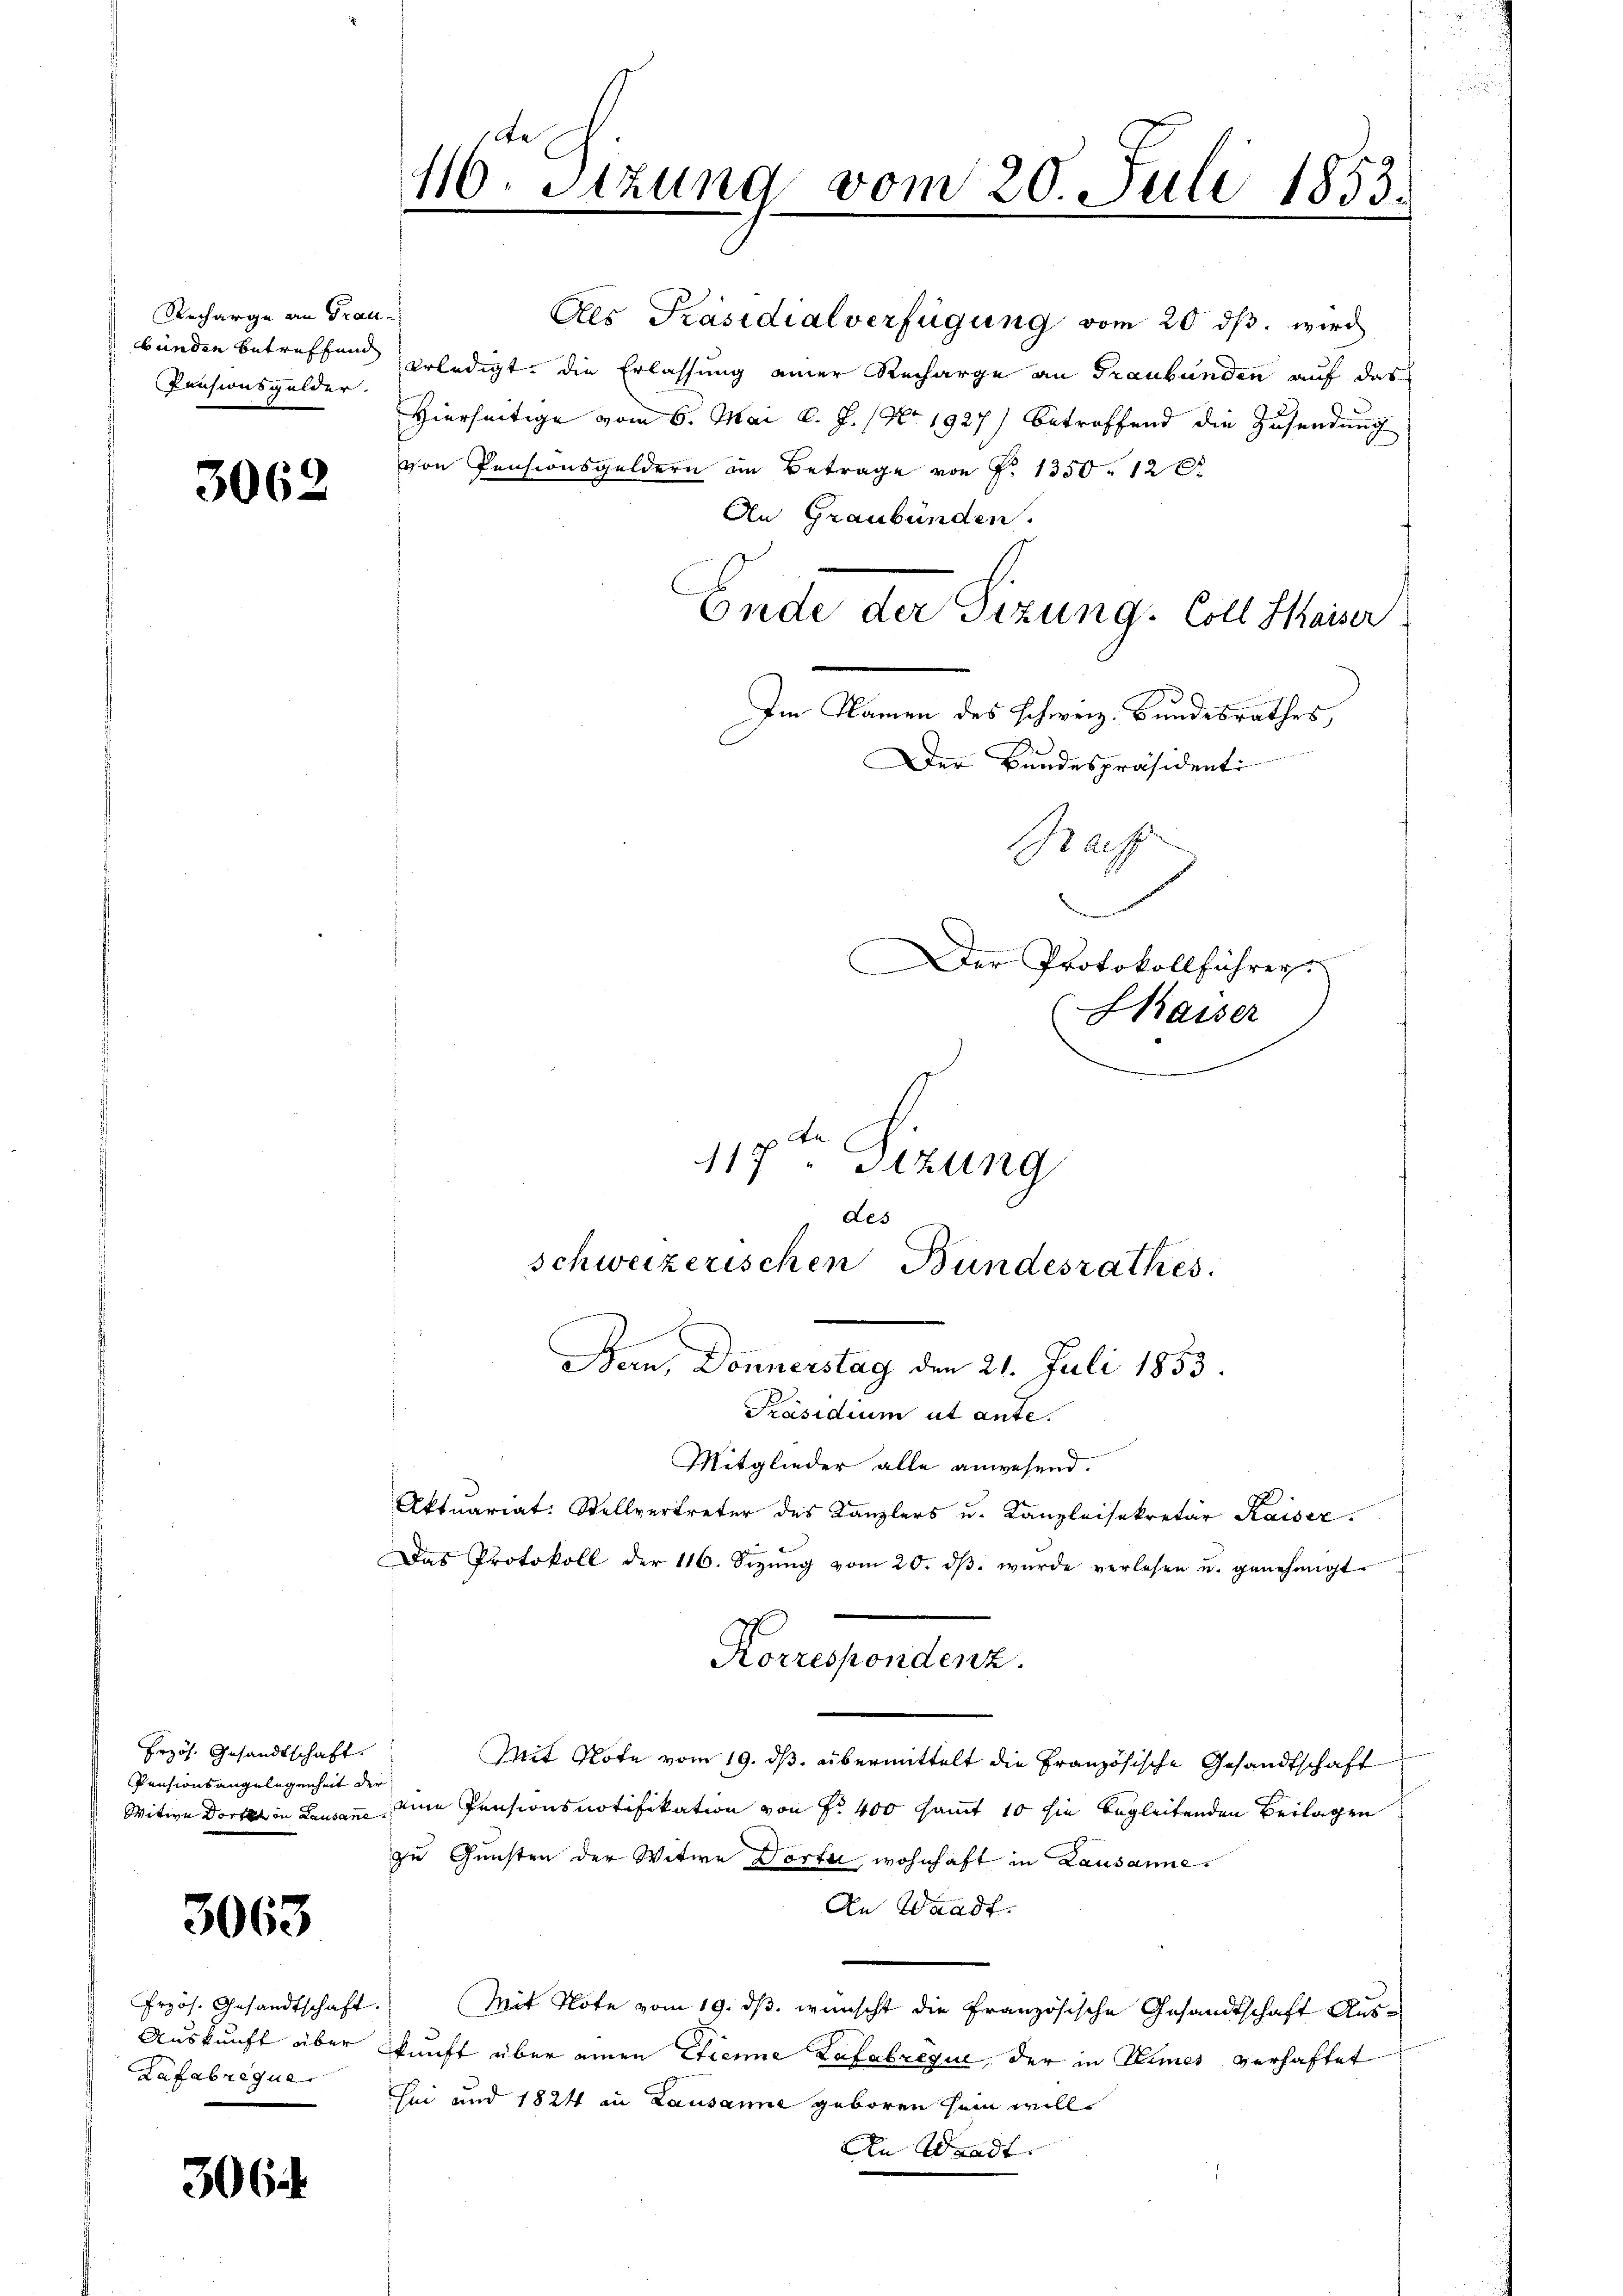
Recharge an Graubunden betreffend
Pensionsgelder.

3062

Erzös. Gesandtschaft.
Pensionsangelegenheit de
Witwe Dort in Lausanne

3063

Erzös. Gesandtschaft
Auskunft über
afabrique

306

Le
46 Sizung vom 20. Juli 1853.

Ces Präsidialverfügung vom 20. dβ. wird
erledigt, die Erlassung einer Recharge an Graubünden auf das
Hierseitige vom 6. Mai d. J. (No. 1927) betreffend die Zusendung
von Pensionsgeldern an Betrage von P. 1350. 12 D
An Graubünden.
Ende der Sizung. Coll Saiser
Im Namen des schweiz. Bundesrathes,
Der Bundespräsidenti

Mitglieder alle anwesend.
Aktuariat: Stellvertreter des Kanzlers u. Kanzleisekretär Kaiser.
Das Protokoll der 116. Sizŭng vom 20. dβ. wurde verlesen u. genehmigt.
Mit Note vom 19. ds. übermittelt die Französische Gesandtschaft
eine Pensionsnotifikation von Fr. 400 sammt 10 sie begleitenden Beilagen
zu Gunsten der Witwe Dorti, wohnhaft in Lausanne.
An Waadt.
Mit Note vom 19. ds. wünscht die Französische Gesandtschaft Auskunft über einen Etienne Lafabrique, der in Keimes verhaftet
sei und 1824 in Lausanne geboren sein will.
An Waadt

Graff
Der Protokollführer
Kaiser

117ten Sitzung
des
schweizerischen Bundesrathes.
Bern, Donnerstag den 21. Juli 1853.
Präsidium ut ante.

Korrespondenz.